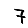
Digit: 7